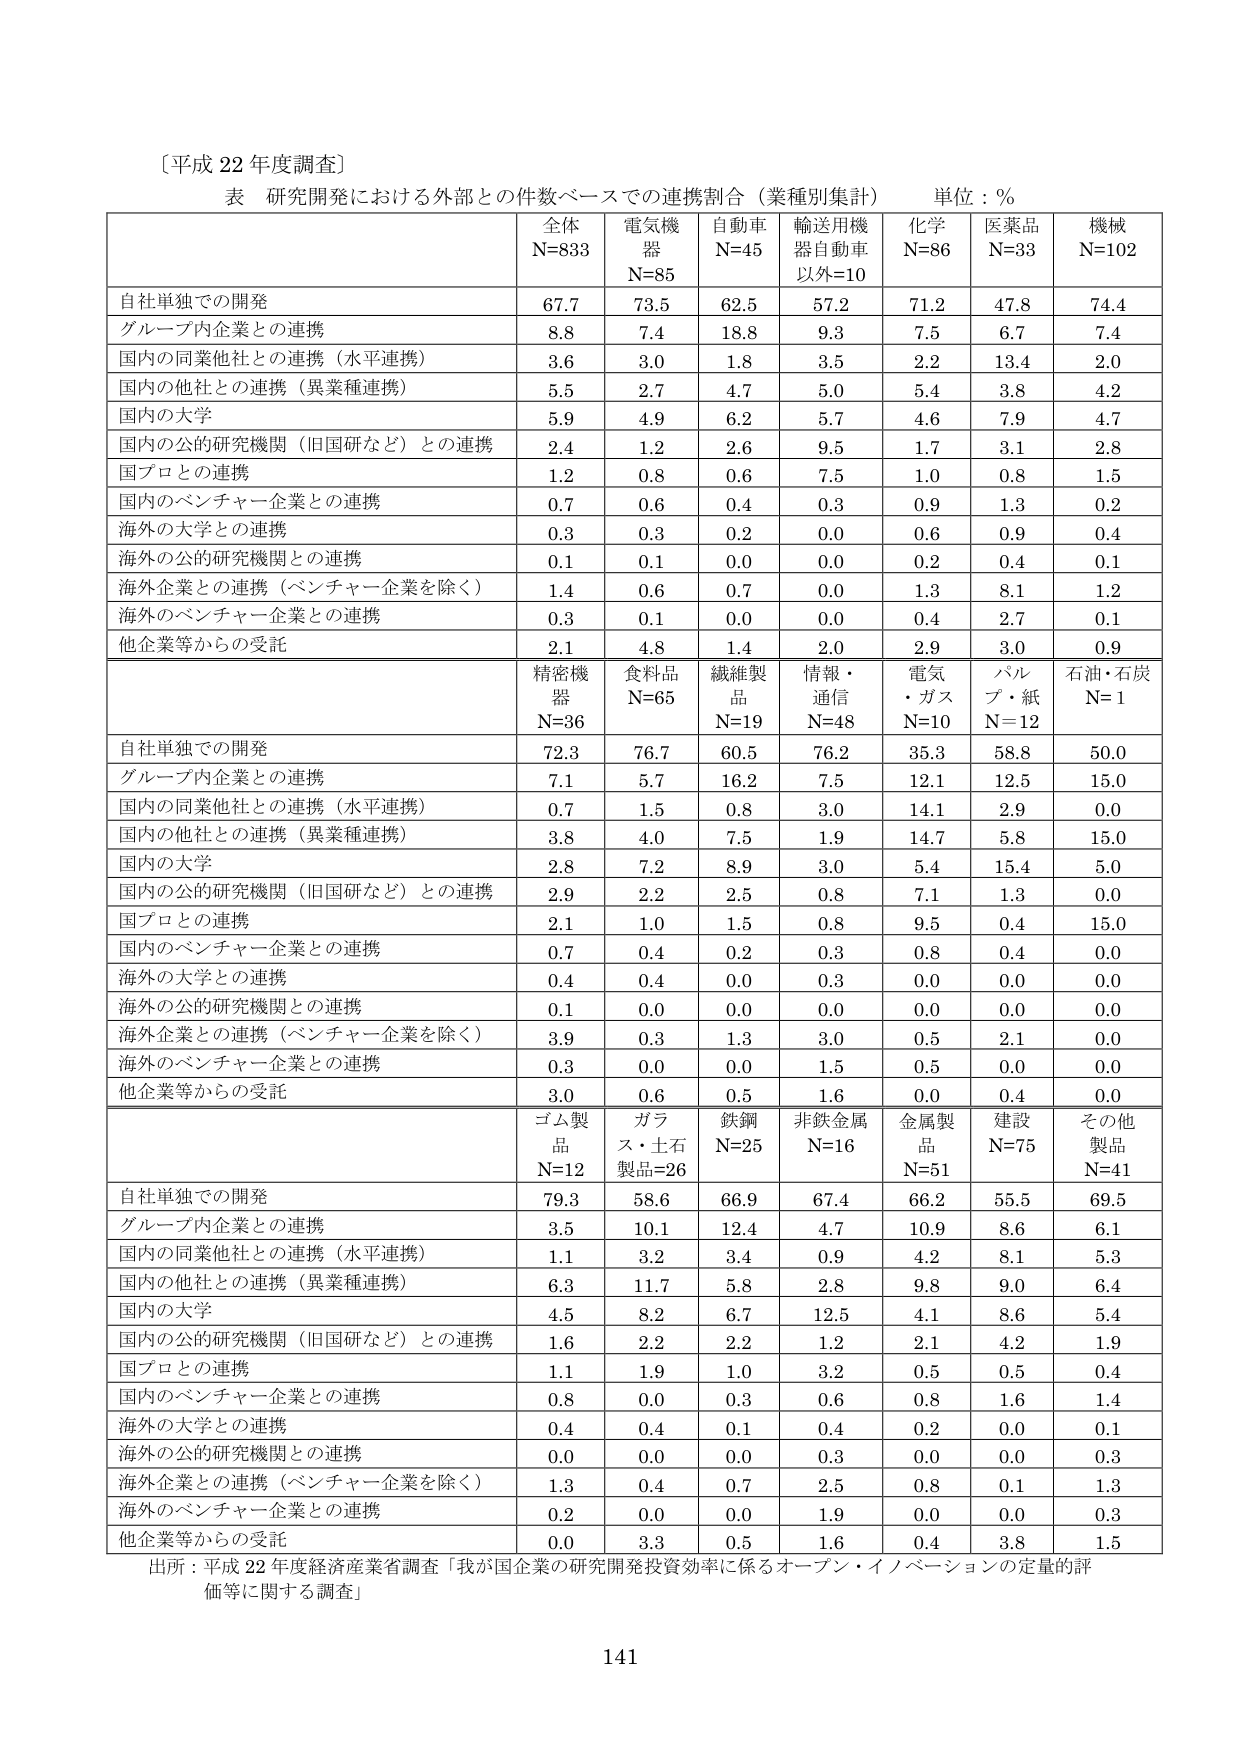
〔平成 22 年度調査〕
表 研究開発における外部との件数ベースでの連携割合（業種別集計） 単位：％

| | 全体 N=833 | 電気機器 N=85 | 自動車 N=45 | 輸送用機器自動車以外=10 | 化学 N=86 | 医薬品 N=33 | 機械 N=102 |
|---|---|---|---|---|---|---|---|
| 自社単独での開発 | 67.7 | 73.5 | 62.5 | 57.2 | 71.2 | 47.8 | 74.4 |
| グループ内企業との連携 | 8.8 | 7.4 | 18.8 | 9.3 | 7.5 | 6.7 | 7.4 |
| 国内の同業他社との連携（水平連携） | 3.6 | 3.0 | 1.8 | 3.5 | 2.2 | 13.4 | 2.0 |
| 国内の他社との連携（異業種連携） | 5.5 | 2.7 | 4.7 | 5.0 | 5.4 | 3.8 | 4.2 |
| 国内の大学 | 5.9 | 4.9 | 6.2 | 5.7 | 4.6 | 7.9 | 4.7 |
| 国内の公的研究機関（旧国研など）との連携 | 2.4 | 1.2 | 2.6 | 9.5 | 1.7 | 3.1 | 2.8 |
| 国プロとの連携 | 1.2 | 0.8 | 0.6 | 7.5 | 1.0 | 0.8 | 1.5 |
| 国内のベンチャー企業との連携 | 0.7 | 0.6 | 0.4 | 0.3 | 0.9 | 1.3 | 0.2 |
| 海外の大学との連携 | 0.3 | 0.3 | 0.2 | 0.0 | 0.6 | 0.9 | 0.4 |
| 海外の公的研究機関との連携 | 0.1 | 0.1 | 0.0 | 0.0 | 0.2 | 0.4 | 0.1 |
| 海外企業との連携（ベンチャー企業を除く） | 1.4 | 0.6 | 0.7 | 0.0 | 1.3 | 8.1 | 1.2 |
| 海外のベンチャー企業との連携 | 0.3 | 0.1 | 0.0 | 0.0 | 0.4 | 2.7 | 0.1 |
| 他企業等からの受託 | 2.1 | 4.8 | 1.4 | 2.0 | 2.9 | 3.0 | 0.9 |

| | 精密機器 N=36 | 食料品 N=65 | 繊維製品 N=19 | 情報・通信 N=48 | 電気・ガス N=10 | パルプ・紙 N=12 | 石油・石炭 N=1 |
|---|---|---|---|---|---|---|---|
| 自社単独での開発 | 72.3 | 76.7 | 60.5 | 76.2 | 35.3 | 58.8 | 50.0 |
| グループ内企業との連携 | 7.1 | 5.7 | 16.2 | 7.5 | 12.1 | 12.5 | 15.0 |
| 国内の同業他社との連携（水平連携） | 0.7 | 1.5 | 0.8 | 3.0 | 14.1 | 2.9 | 0.0 |
| 国内の他社との連携（異業種連携） | 3.8 | 4.0 | 7.5 | 1.9 | 14.7 | 5.8 | 15.0 |
| 国内の大学 | 2.8 | 7.2 | 8.9 | 3.0 | 5.4 | 15.4 | 5.0 |
| 国内の公的研究機関（旧国研など）との連携 | 2.9 | 2.2 | 2.5 | 0.8 | 7.1 | 1.3 | 0.0 |
| 国プロとの連携 | 2.1 | 1.0 | 1.5 | 0.8 | 9.5 | 0.4 | 15.0 |
| 国内のベンチャー企業との連携 | 0.7 | 0.4 | 0.2 | 0.3 | 0.8 | 0.4 | 0.0 |
| 海外の大学との連携 | 0.4 | 0.4 | 0.0 | 0.3 | 0.0 | 0.0 | 0.0 |
| 海外の公的研究機関との連携 | 0.1 | 0.0 | 0.0 | 0.0 | 0.0 | 0.0 | 0.0 |
| 海外企業との連携（ベンチャー企業を除く） | 3.9 | 0.3 | 1.3 | 3.0 | 0.5 | 2.1 | 0.0 |
| 海外のベンチャー企業との連携 | 0.3 | 0.0 | 0.0 | 1.5 | 0.5 | 0.0 | 0.0 |
| 他企業等からの受託 | 3.0 | 0.6 | 0.5 | 1.6 | 0.0 | 0.4 | 0.0 |

| | ゴム製品 N=12 | ガラス・土石製品=26 | 鉄鋼 N=25 | 非鉄金属 N=16 | 金属製品 N=51 | 建設 N=75 | その他製品 N=41 |
|---|---|---|---|---|---|---|---|
| 自社単独での開発 | 79.3 | 58.6 | 66.9 | 67.4 | 66.2 | 55.5 | 69.5 |
| グループ内企業との連携 | 3.5 | 10.1 | 12.4 | 4.7 | 10.9 | 8.6 | 6.1 |
| 国内の同業他社との連携（水平連携） | 1.1 | 3.2 | 3.4 | 0.9 | 4.2 | 8.1 | 5.3 |
| 国内の他社との連携（異業種連携） | 6.3 | 11.7 | 5.8 | 2.8 | 9.8 | 9.0 | 6.4 |
| 国内の大学 | 4.5 | 8.2 | 6.7 | 12.5 | 4.1 | 8.6 | 5.4 |
| 国内の公的研究機関（旧国研など）との連携 | 1.6 | 2.2 | 2.2 | 1.2 | 2.1 | 4.2 | 1.9 |
| 国プロとの連携 | 1.1 | 1.9 | 1.0 | 3.2 | 0.5 | 0.5 | 0.4 |
| 国内のベンチャー企業との連携 | 0.8 | 0.0 | 0.3 | 0.6 | 0.8 | 1.6 | 1.4 |
| 海外の大学との連携 | 0.4 | 0.4 | 0.1 | 0.4 | 0.2 | 0.0 | 0.1 |
| 海外の公的研究機関との連携 | 0.0 | 0.0 | 0.0 | 0.3 | 0.0 | 0.0 | 0.3 |
| 海外企業との連携（ベンチャー企業を除く） | 1.3 | 0.4 | 0.7 | 2.5 | 0.8 | 0.1 | 1.3 |
| 海外のベンチャー企業との連携 | 0.2 | 0.0 | 0.0 | 1.9 | 0.0 | 0.0 | 0.3 |
| 他企業等からの受託 | 0.0 | 3.3 | 0.5 | 1.6 | 0.4 | 3.8 | 1.5 |

出所：平成 22 年度経済産業省調査「我が国企業の研究開発投資効率に係るオープン・イノベーションの定量的評価等に関する調査」
141